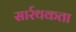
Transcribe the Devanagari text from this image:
सार्रथकता